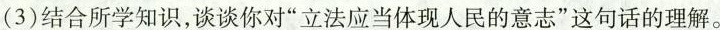
(3)结合所学知识，谈谈你对”立法应当体现人民的意志”这句话的理解。